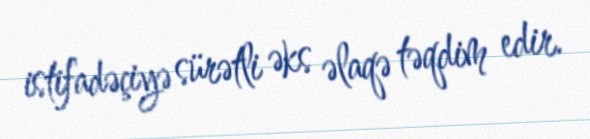
istifadəçiyə sürətli əks əlaqə təqdim edir.